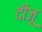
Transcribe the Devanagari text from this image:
दीजू